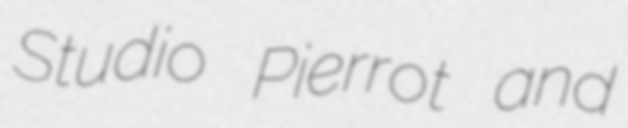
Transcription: Studio Pierrot and